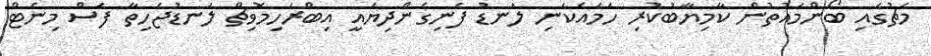
މެޗުގައި ބޯންމައުތުން ކާމިޔާބުކުރި ހަމައެކަނި ލަނޑު ފެނިގެންދިޔައީ އިބްރަހިމޮވިޗް ލަނޑުޖެހިތާ ފަސް މިނެޓް